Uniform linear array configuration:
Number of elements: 4
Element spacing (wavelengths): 0.25
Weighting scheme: exponential
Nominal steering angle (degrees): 15
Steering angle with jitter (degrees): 16.823
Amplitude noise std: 0.05
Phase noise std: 0.05

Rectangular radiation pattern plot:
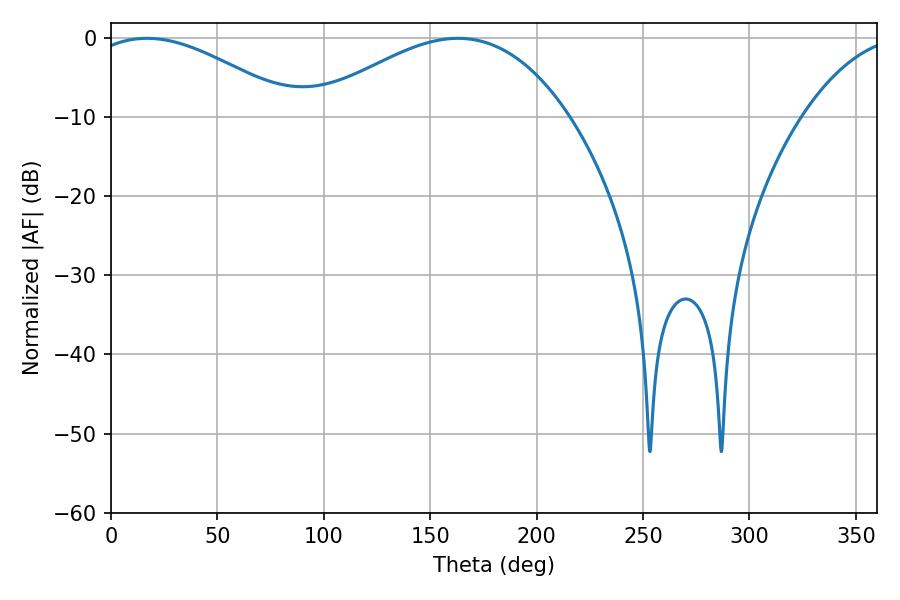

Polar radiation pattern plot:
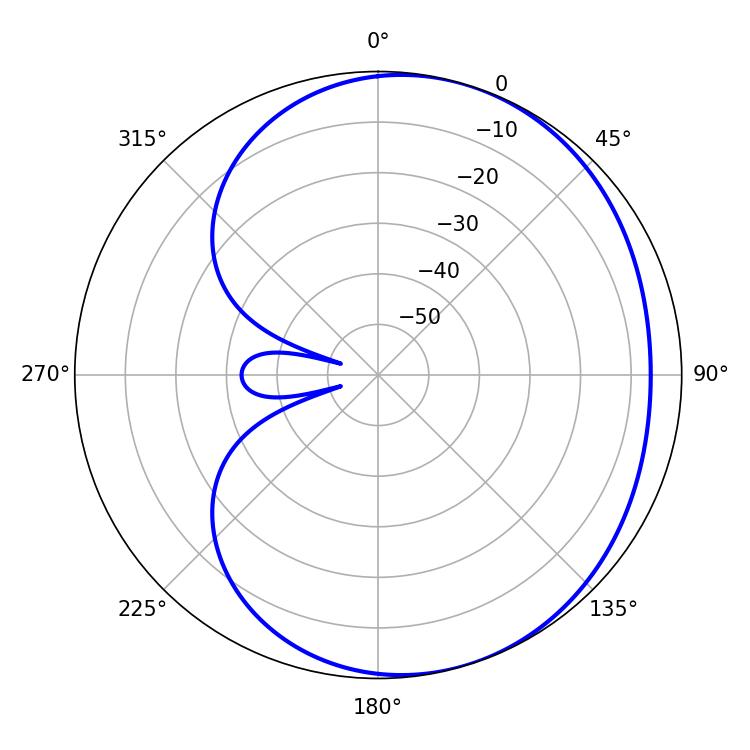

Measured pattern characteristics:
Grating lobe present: FALSE
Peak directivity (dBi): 3.551
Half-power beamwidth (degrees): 53.64
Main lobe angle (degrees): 16.92